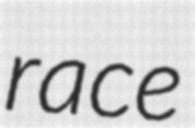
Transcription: race